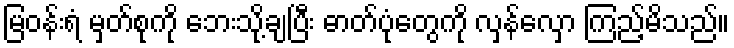
မြဝန်းရံ မှတ်စုကို ဘေးသို့ချပြီး ဓာတ်ပုံတွေကို လှန်လှော ကြည့်မိသည်။